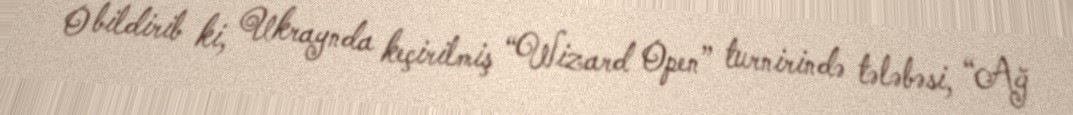
O bildirib ki, Ukraynda keçirilmiş “Wizard Open” turnirində tələbəsi, “Ağ